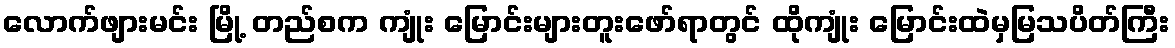
လောက်ဖျားမင်း မြို့ တည်စက ကျုံး မြောင်းများတူးဖော်ရာတွင် ထိုကျုံး မြောင်းထဲမှမြသပိတ်ကြီး